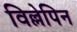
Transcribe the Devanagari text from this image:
विल्लेपिन